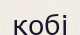
кобі